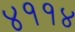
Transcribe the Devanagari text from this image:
४११४